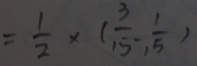
= \frac { 1 } { 2 } \times ( \frac { 3 } { 1 5 } - , \frac { 1 } { 1 5 } )